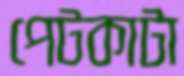
পেটকাটা